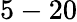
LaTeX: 5-20